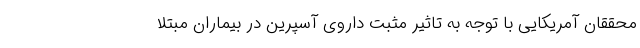
محققان آمریکایی با توجه به تاثیر مثبت داروی آسپرین در بیماران مبتلا